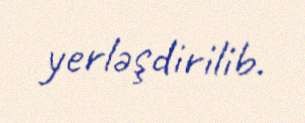
yerləşdirilib.